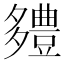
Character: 𮙗